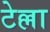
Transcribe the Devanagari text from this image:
टेल्ला